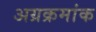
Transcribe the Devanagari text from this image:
अग्रक्रमांक